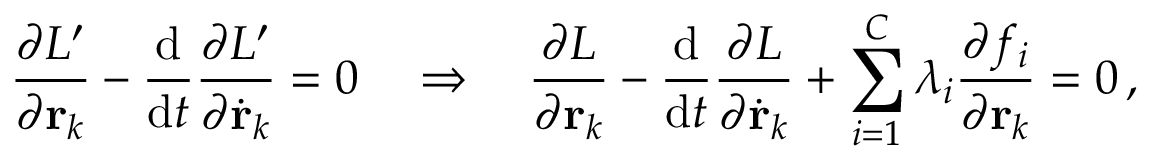
{ \frac { \partial L ^ { \prime } } { \partial \mathbf { r } _ { k } } } - { \frac { \mathrm { d } } { \mathrm { d } t } } { \frac { \partial L ^ { \prime } } { \partial { \dot { \mathbf { r } } } _ { k } } } = 0 \quad \Rightarrow \quad { \frac { \partial L } { \partial \mathbf { r } _ { k } } } - { \frac { \mathrm { d } } { \mathrm { d } t } } { \frac { \partial L } { \partial { \dot { \mathbf { r } } } _ { k } } } + \sum _ { i = 1 } ^ { C } \lambda _ { i } { \frac { \partial f _ { i } } { \partial \mathbf { r } _ { k } } } = 0 \, ,